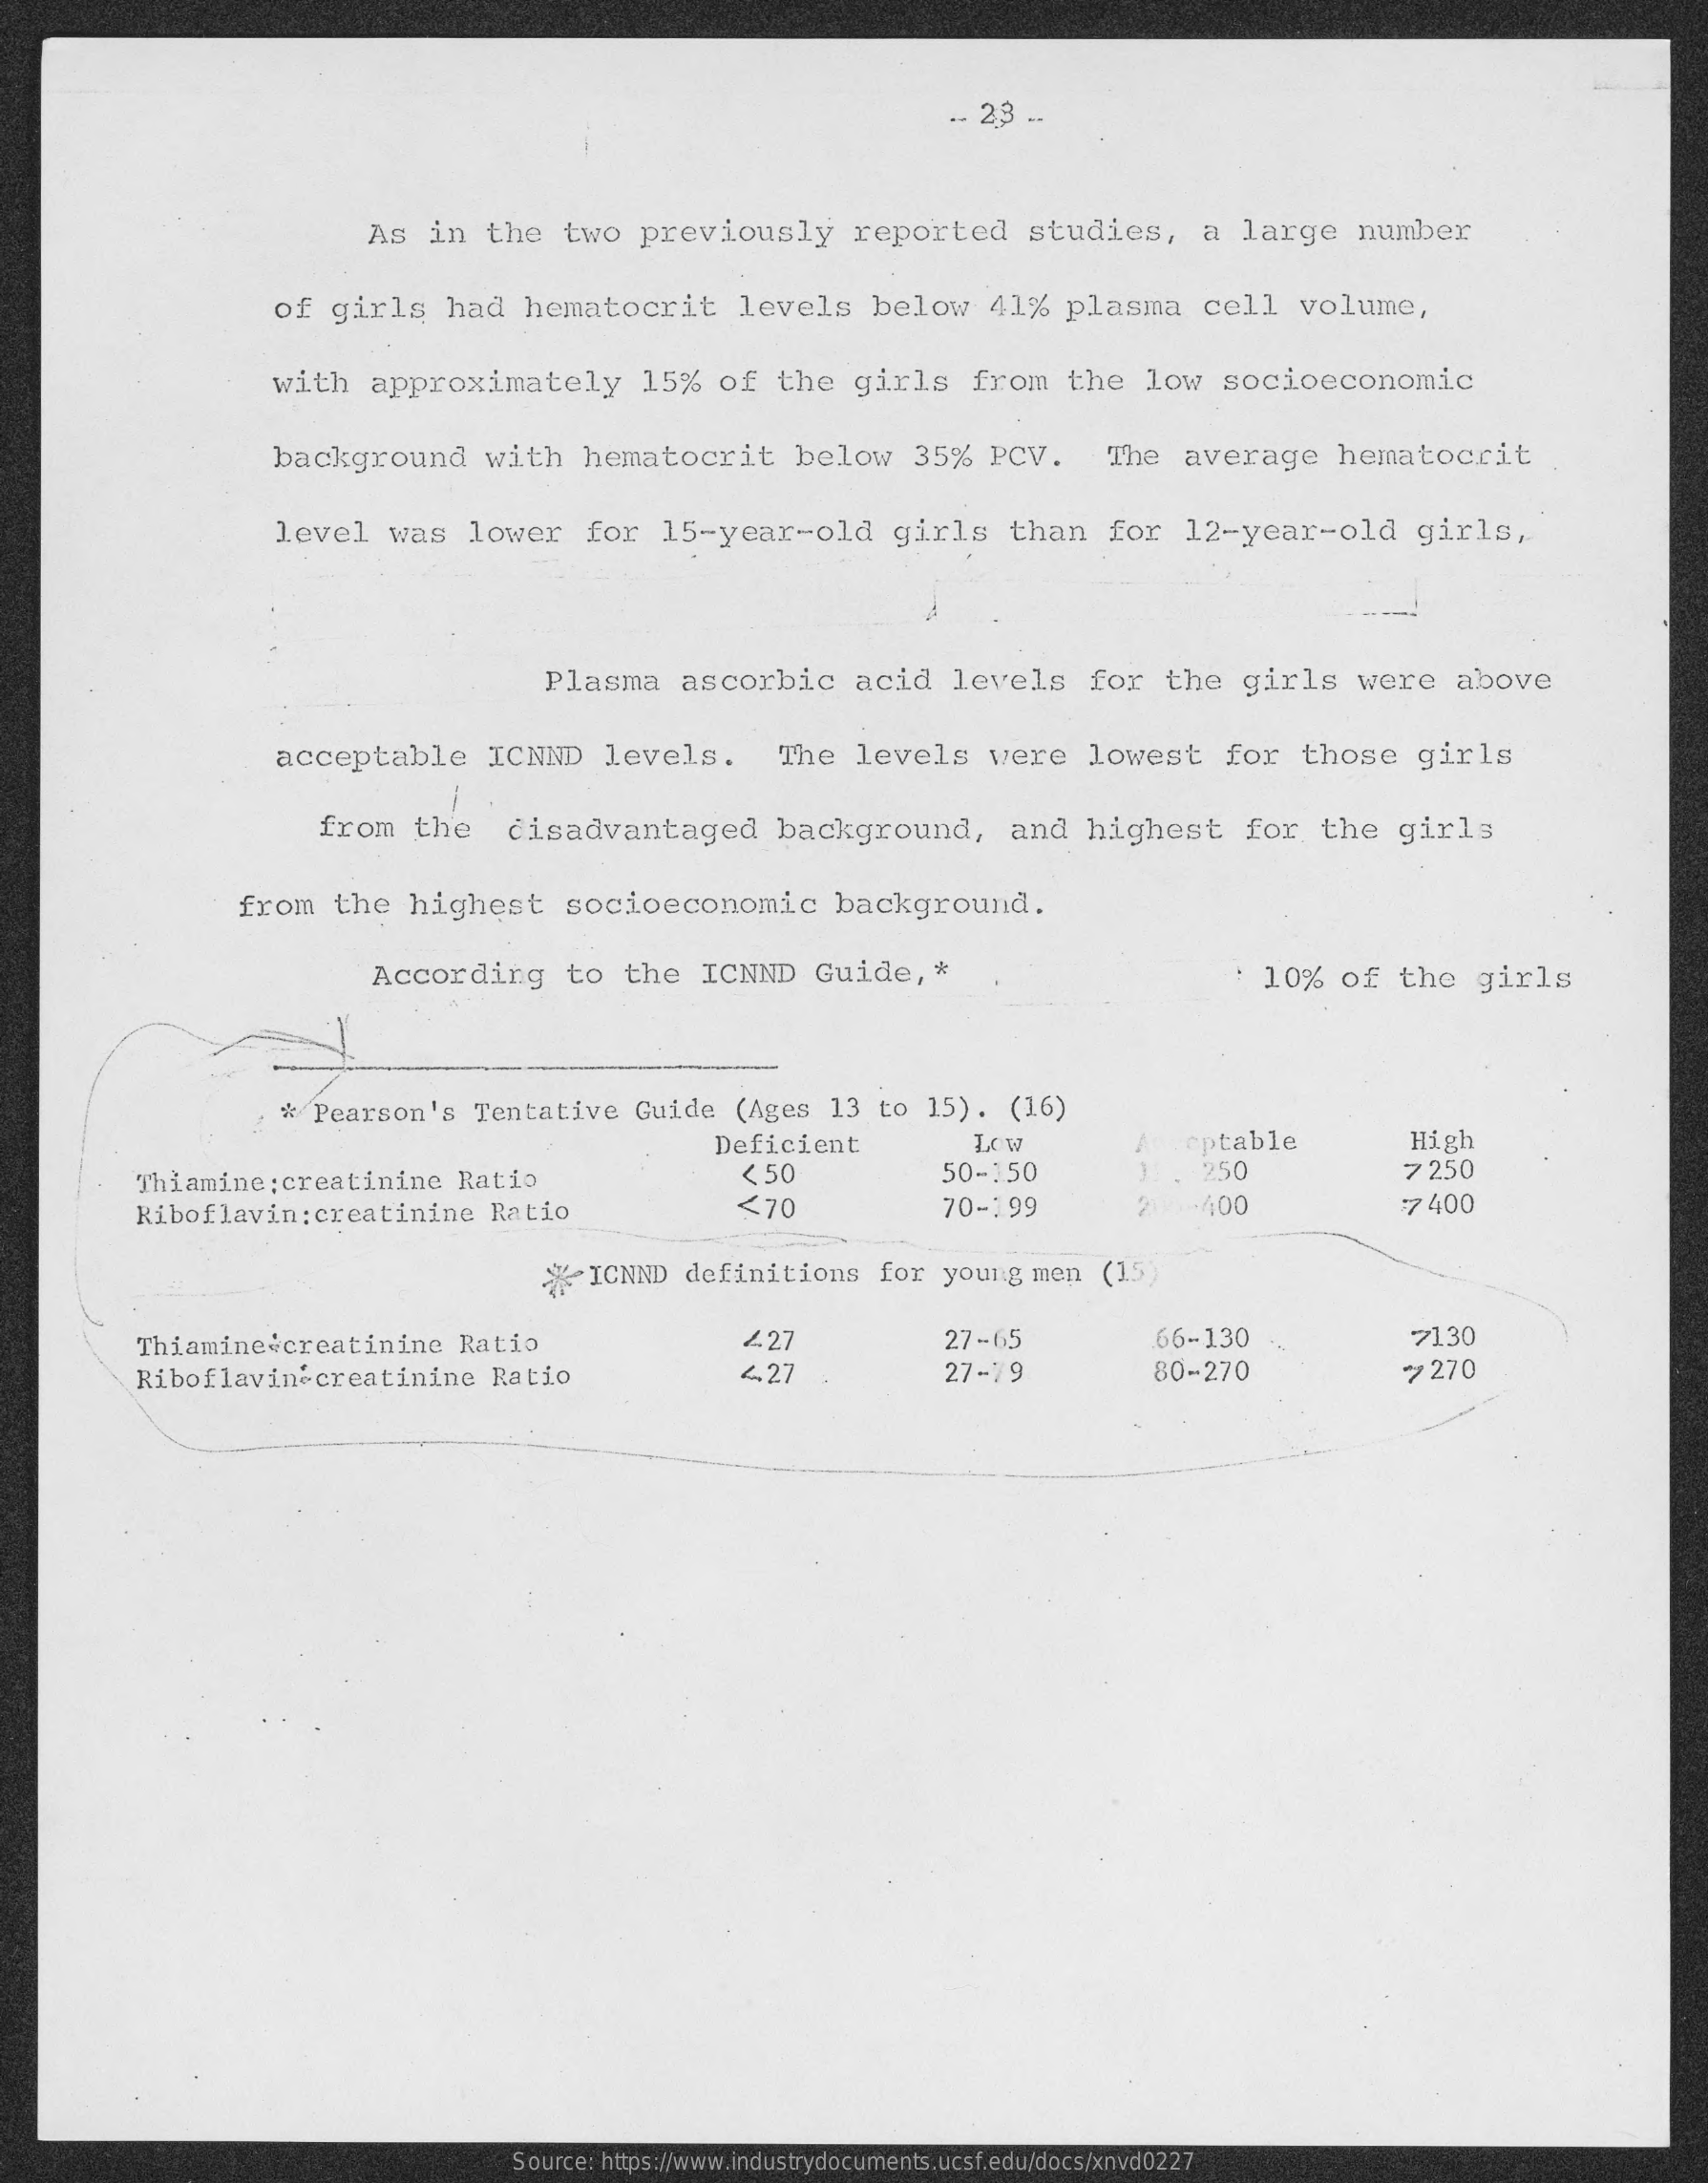
.- 23  --
     As   in   the    two   previously    reported    studies,    a  large    number
     of  girls    had    hematocrit    levels    below    41%   plasma    cell    volume,
     with    approximately    15%    of   the    girls    from    the    low    socioeconomic
     background    with    hematocrit    below    35%   PCV.    The   average    hematocrit
     level    was    lower    for   15-year-old    girls    than    for   12-year-old    girls,
     Plasma    ascorbic    acid    levels    for    the   girls    were    above
     acceptable    ICNND    levels.    The    levels    were    lowest    for    those    girls
     from    the    disadvantaged    background,    and    highest    for   the    girls
     from    the   highest    socioeconomic    background.
     According    to   the   ICNND    Guide,    *    : 10%    of   the    girls
     *  Pearson's    Tentative    Guide    (Ages   13  to  15)  . (16)
     Deficient    Low    cptable    High
     Thiamine:    creatinine    Ratio    < 50    50-150    . 250    7 250
     Riboflavin:creatinine    Ratio    <70    70-199    200-400    7 400
     *ICNND    definitions    for  young   men   (15)
     Thiamine    creatinine    Ratio    227    27-65    66-130    7130
     Riboflavin    creatinine    Ratio    4.27    27-79    80-270    > 270
     Source: https://www.industrydocuments.ucsf.edu/docs/xnvd0227